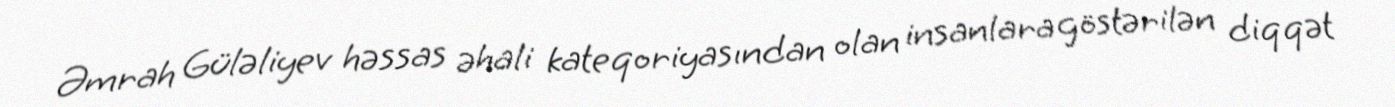
Əmrah Güləliyev həssas əhali kateqoriyasından olan insanlara göstərilən diqqət